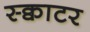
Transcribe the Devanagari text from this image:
स्क्वाटर